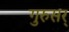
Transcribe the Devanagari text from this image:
गुरुसर्